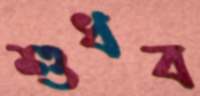
শুধব